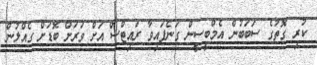
ކުރި ގޮތުގެ ސަބަބުން އެމްބީސީން ގަނެފައިވާ ރައިޓްސް އަށް ވަރަށް ބޮޑަށް ގެއްލުން